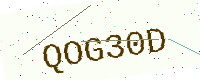
Text: QOG30D